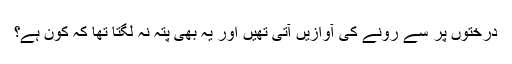
درختوں پر سے رونے کی آوازیں آتی تھیں اور یہ بھی پتہ نہ لگتا تھا کہ کون ہے؟